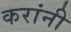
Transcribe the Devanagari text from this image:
करांनी